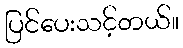
ပြင်ပေးသင့်တယ်။